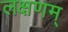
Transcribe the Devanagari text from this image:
लक्षणम्